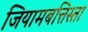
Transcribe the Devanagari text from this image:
जियामबत्तिस्ता